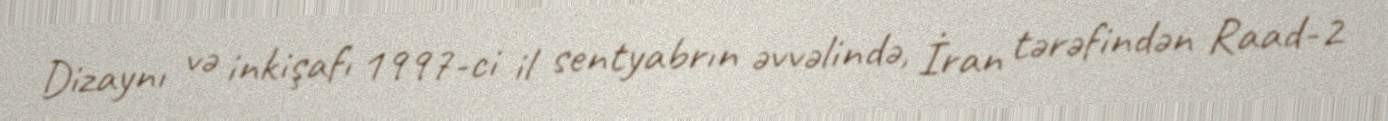
Dizaynı və inkişafı 1997-ci il sentyabrın əvvəlində, İran tərəfindən Raad-2